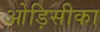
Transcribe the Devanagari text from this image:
ओड़िसीका